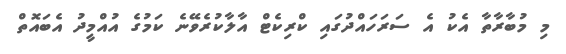
މި މުބާރާތާ އެކު އެ ސަރަހައްދުގައި ކްރިކެޓް އާލާކުރެވޭނެ ކަމުގެ އުއްމީދު އެބައޮތް